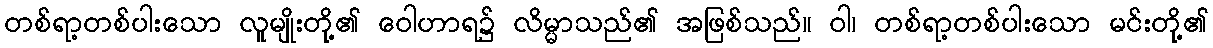
တစ်ရာ့တစ်ပါးသော လူမျိုးတို့၏ ဝေါဟာရ၌ လိမ္မာသည်၏ အဖြစ်သည်။ ဝါ၊ တစ်ရာ့တစ်ပါးသော မင်းတို့၏